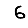
Digit: 6